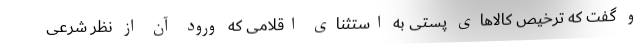
و گفت که ترخیص کالاهای پستی به استثنای اقلامی که ورود آن از نظر شرعی